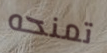
تمنحه